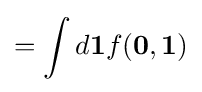
=\int d\mathbf {1} f(\mathbf {0} ,\mathbf {1} )